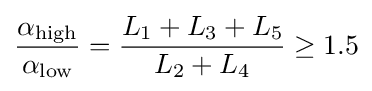
{\alpha _{\text{high}} \over \alpha _{\text{low}}}={L_{\text{1}}+L_{\text{3}}+L_{\text{5}} \over L_{\text{2}}+L_{\text{4}}}\geq 1.5